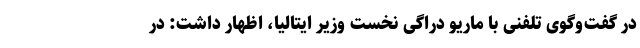
در گفت‌وگوی تلفنی با ماریو دراگی نخست وزیر ایتالیا، اظهار داشت: در